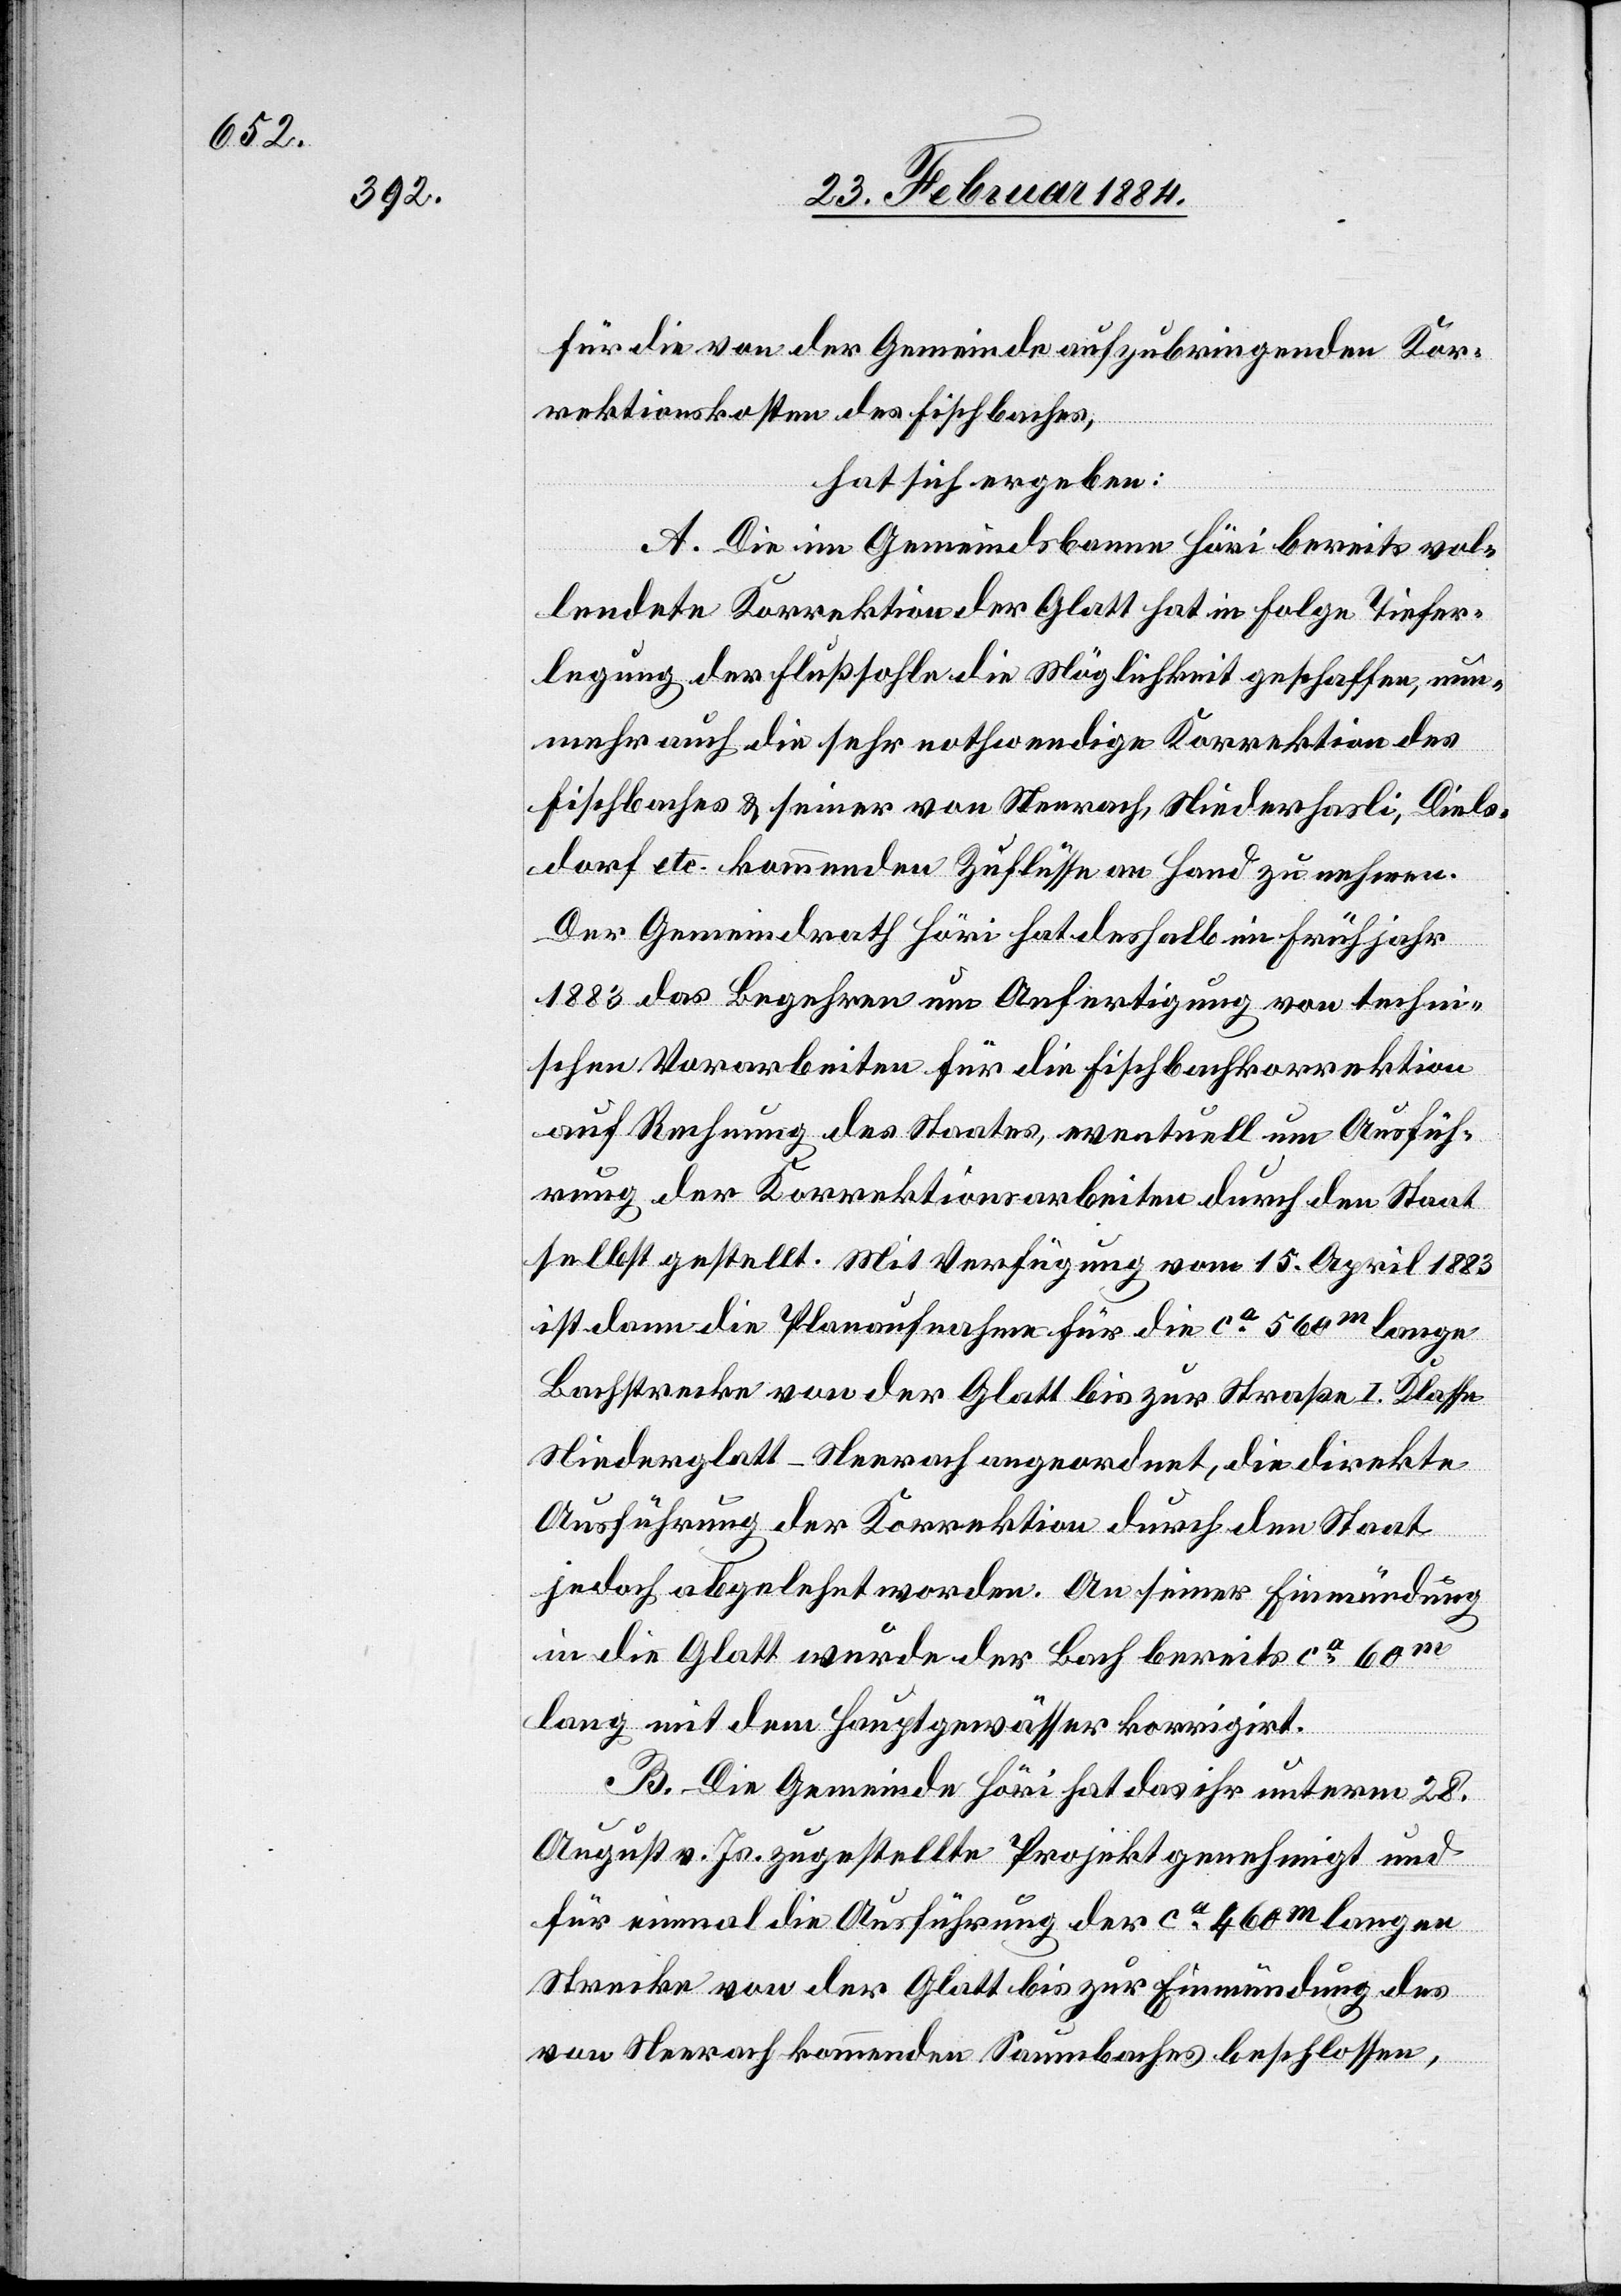
für die von der Gemeinde aufzubringenden Kor¬
rektionskosten des Fischbaches,
hat sich ergeben:
A. Die im Gemeindebanne Höri bereits vol¬
lendete Korrektion der Glatt hat in Folge Tiefer¬
legung der Fußsohle die Möglichkeit geschaffen, nun¬
mehr auch die sehr nothwendige Korrektion des
Fischbaches & seiner von Neerach, Niederhasli, Diels¬
dorf etc. kommenden Zuflüsse an Hand zu nehmen.
Der Gemeindrath Höri hat deshalb im Frühjahr
1883 das Begehren um Anfertigung von techni¬
schen Vorarbeiten für die Fischbachkorrektion
auf Rechnung des Staates, eventuell um Ausfüh¬
rung der Korrektionsarbeiten durch den Staat
selbst gestellt. Mit Verfügung vom 15. April 1883
ist dann die Planaufnahme für die ca 560m lange
Bachstrecke von der Glatt bis zur Straße I. Klasse
Niederglatt–Neerach angeordnet, die direkte
Ausführung der Korrektion durch den Staat
jedoch abgelehnt worden. An seiner Einmündung
in die Glatt wurde der Bach bereits ca 60m
lang mit dem Hauptgewässer korrigiert.
B. Die Gemeinde Höri hat das ihr unterm 28.
August v. Js. zugestellte Projekt genehmigt und
für einmal die Ausführung der ca 460m langen
Strecke von der Glatt bis zur Einmündung des
von Neerach kommenden Saumbaches beschlossen,